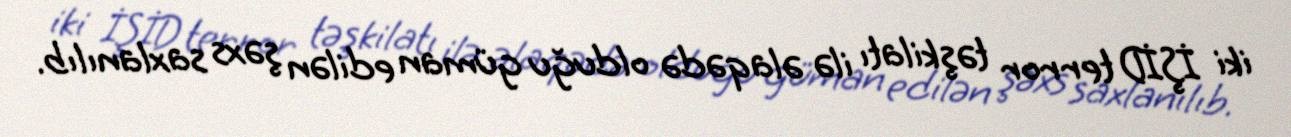
iki İŞİD terror təşkilatı ilə əlaqədə olduğu güman edilən şəxs saxlanılıb.